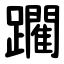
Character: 躙